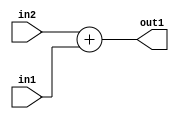
`timescale 1ps / 1ps
/*****************************************************************************
    Verilog RTL Description
    
    
    Created by: Stratus DpOpt 2019.1.01 
*******************************************************************************/

module SobelFilter_Add_11Ux9U_12U_4 (
	in2,
	in1,
	out1
	); /* architecture "behavioural" */ 
input [10:0] in2;
input [8:0] in1;
output [11:0] out1;
wire [11:0] asc001;

assign asc001 = 
	+(in2)
	+(in1);

assign out1 = asc001;
endmodule

/* CADENCE  ubL1SAE= : u9/ySgnWtBlWxVPRXgAZ4Og= ** DO NOT EDIT THIS LINE ******/